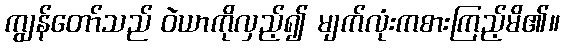
ကျွန်တော်သည် ဝဲယာကိုလှည့်၍ မျက်လုံးကစားကြည့်မိ၏။